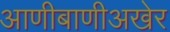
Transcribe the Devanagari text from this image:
आणीबाणीअखेर